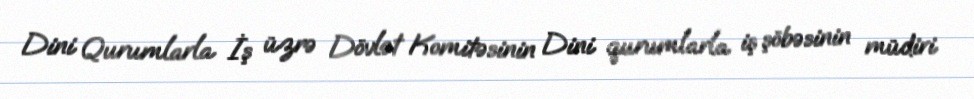
Dini Qurumlarla İş üzrə Dövlət Komitəsinin Dini qurumlarla iş şöbəsinin müdiri